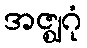
အဇ္ဈဂုံ